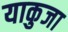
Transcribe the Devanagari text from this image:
याकुजा